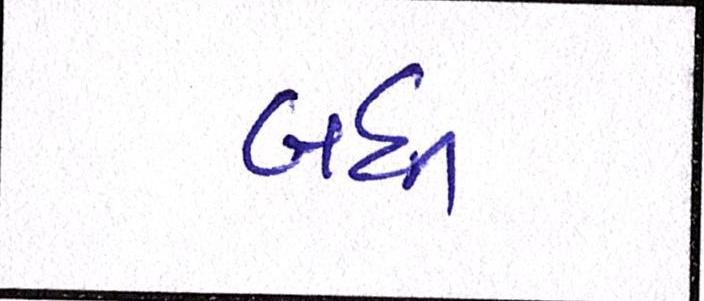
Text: બધી